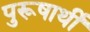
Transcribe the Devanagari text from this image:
पुरूषार्थी